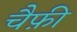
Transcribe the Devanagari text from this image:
चैफ़ी